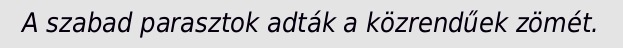
A szabad parasztok adták a közrendűek zömét.